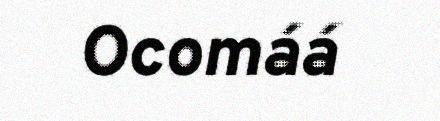
Ocomáá